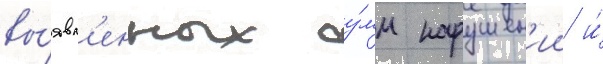
вы́явл'енных су́мм нарушен'ии и́